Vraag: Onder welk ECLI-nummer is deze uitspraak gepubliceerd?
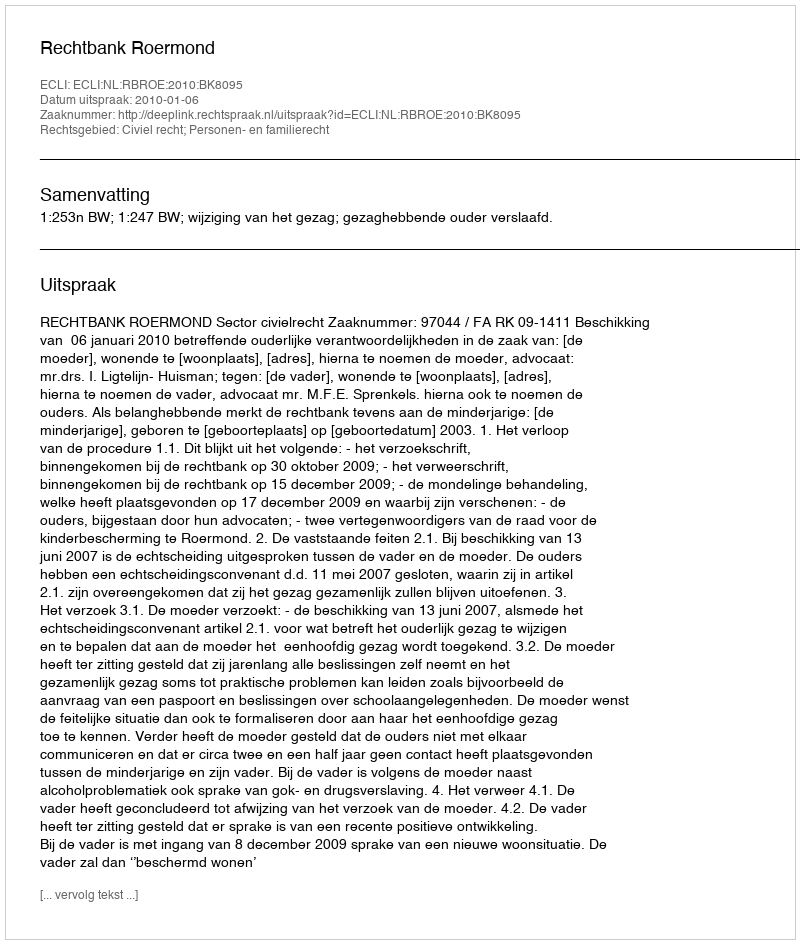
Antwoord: ECLI:NL:RBROE:2010:BK8095